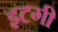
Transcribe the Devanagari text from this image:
इटगी